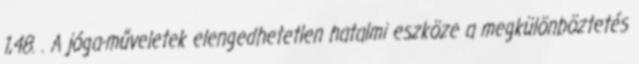
1,48. . A jóga-műveletek elengedhetetlen hatalmi eszköze a megkülönböztetés